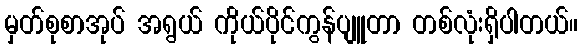
မှတ်စုစာအုပ် အရွယ် ကိုယ်ပိုင်ကွန်ပျူတာ တစ်လုံးရှိပါတယ်။